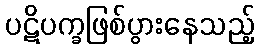
ပဋိပက္ခဖြစ်ပွားနေသည့်